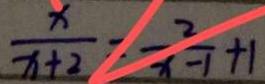
\frac { x } { x + 2 } = \frac { 2 } { x - 1 } + 1